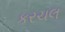
કરચલ